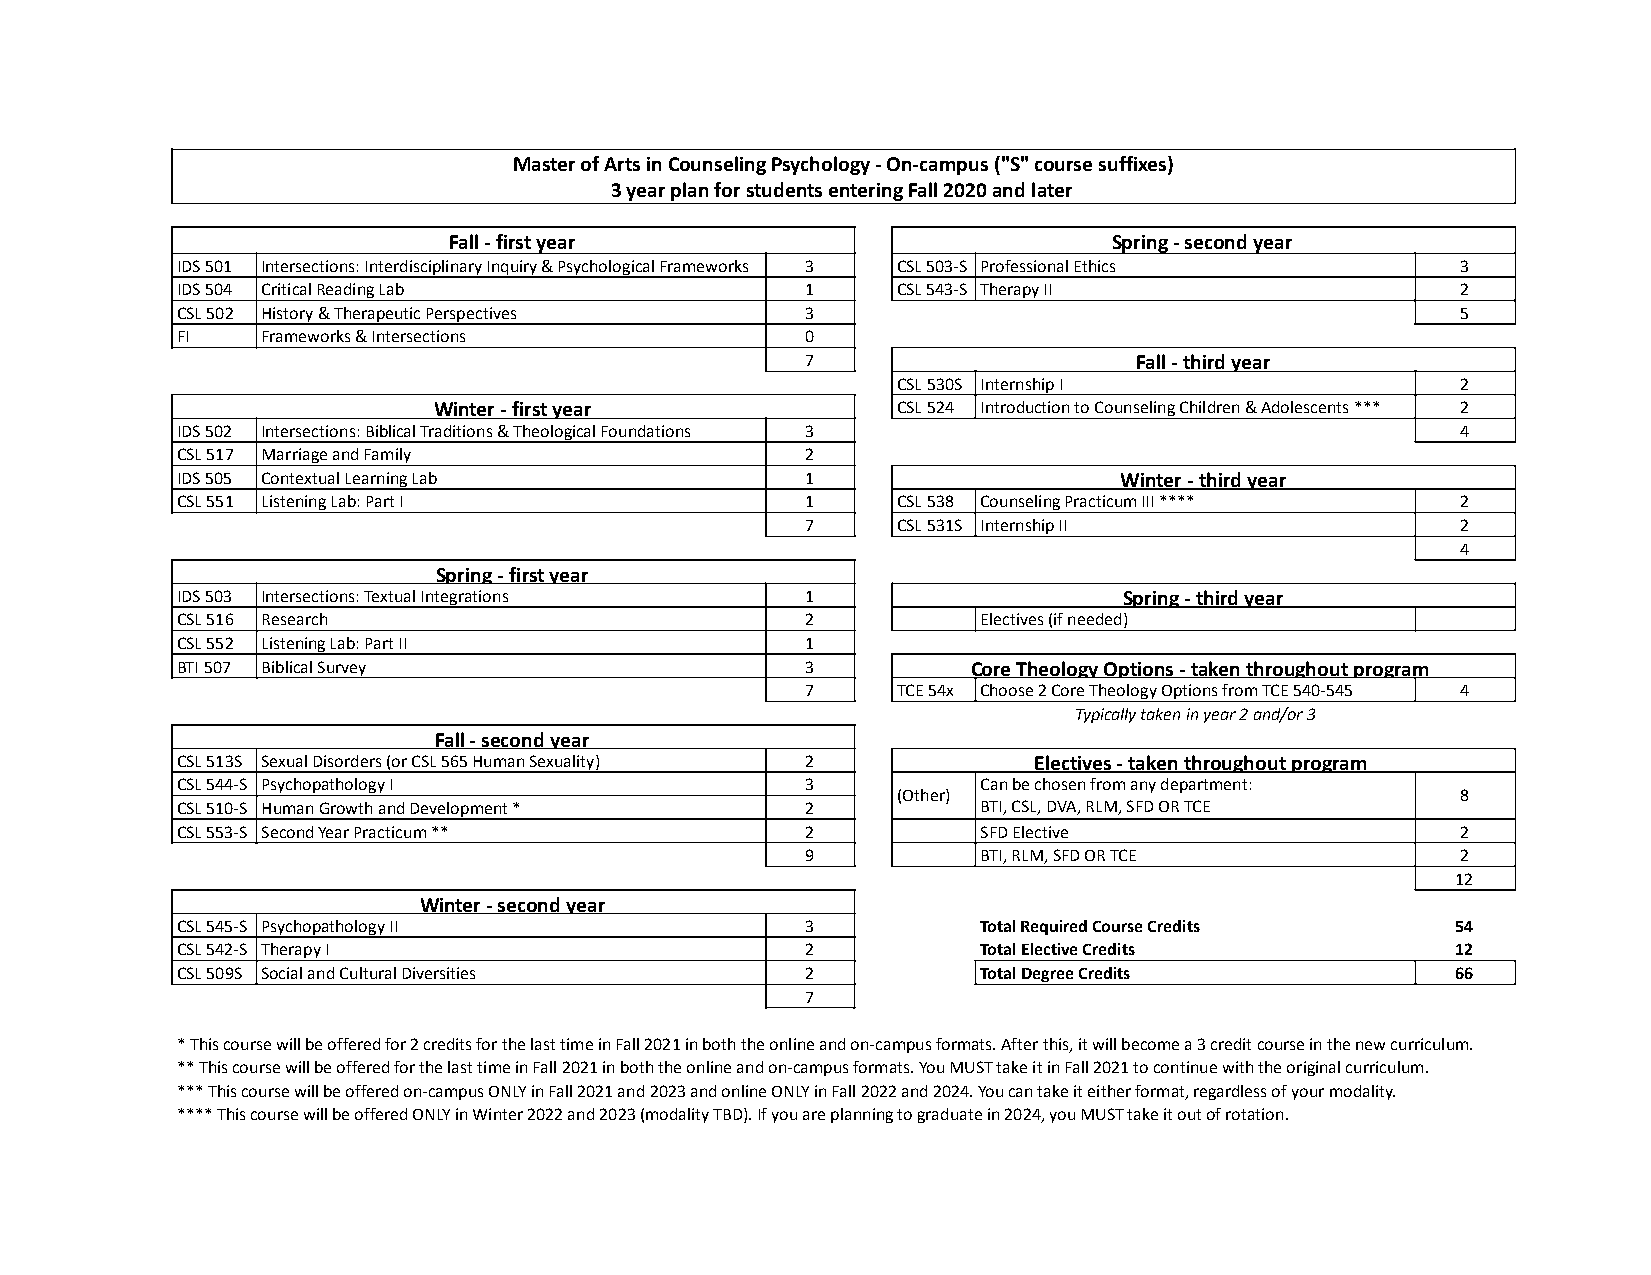
Master of Arts in Counseling Psychology - On-campus ("S" course suffixes)
 3 year plan for students entering Fall 2020 and later
 Fall - first year                           Spring - second year
 IDS 501 Intersections: Interdisciplinary Inquiry & Psychological Frameworks 3 CSL 503-S Professional Ethics 3
 IDS 504 Critical Reading Lab             1     CSL 543-S Therapy II                  2
 CSL 502 History & Therapeutic Perspectives 3                                         5
 FI   Frameworks & Intersections          0
 7                     Fall - third year
 CSL 530S Internship I                 2
 Winter - first year           CSL 524 Introduction to Counseling Children & Adolescents *** 2
 IDS 502 Intersections: Biblical Traditions & Theological Foundations 3               4
 CSL 517 Marriage and Family              2
 IDS 505 Contextual Learning Lab          1                    Winter - third year
 CSL 551 Listening Lab: Part I            1     CSL 538 Counseling Practicum III **** 2
 7     CSL 531S Internship II                2
 4
 Spring - first year
 IDS 503 Intersections: Textual Integrations 1                 Spring - third year
 CSL 516 Research                         2           Electives (if needed)
 CSL 552 Listening Lab: Part II           1
 BTI 507 Biblical Survey                  3          Core Theology Options - taken throughout program
 7     TCE 54x Choose 2 Core Theology Options from TCE 540-545 4
 Typically taken in year 2 and/or 3
 Fall - second year
 CSL 513S Sexual Disorders (or CSL 565 Human Sexuality) 2 Electives - taken throughout program
 CSL 544-S Psychopathology I              3           Can be chosen from any department:
 (Other)                               8
 CSL 510-S Human Growth and Development * 2           BTI, CSL, DVA, RLM, SFD OR TCE
 CSL 553-S Second Year Practicum **       2           SFD Elective                    2
 9           BTI, RLM, SFD OR TCE            2
 12
 Winter - second year
 CSL 545-S Psychopathology II             3           Total Required Course Credits  54
 CSL 542-S Therapy I                      2           Total Elective Credits         12
 CSL 509S Social and Cultural Diversities 2           Total Degree Credits           66
 7
 * This course will be offered for 2 credits for the last time in Fall 2021 in both the online and on-campus formats. After this, it will become a 3 credit course in the new curriculum.
 ** This course will be offered for the last time in Fall 2021 in both the online and on-campus formats. You MUST take it in Fall 2021 to continue with the original curriculum.
 *** This course will be offered on-campus ONLY in Fall 2021 and 2023 and online ONLY in Fall 2022 and 2024. You can take it either format, regardless of your modality.
 **** This course will be offered ONLY in Winter 2022 and 2023 (modality TBD). If you are planning to graduate in 2024, you MUST take it out of rotation.